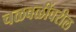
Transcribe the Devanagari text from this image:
चळवळींवरील